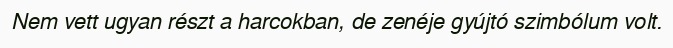
Nem vett ugyan részt a harcokban, de zenéje gyújtó szimbólum volt.